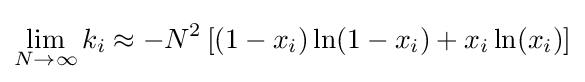
\lim _{N\to \infty }k_{i}\approx -N^{2}\left[(1-x_{i})\ln(1-x_{i})+x_{i}\ln(x_{i})\right]